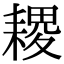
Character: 𦔎